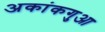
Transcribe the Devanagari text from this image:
अकांकगुआ